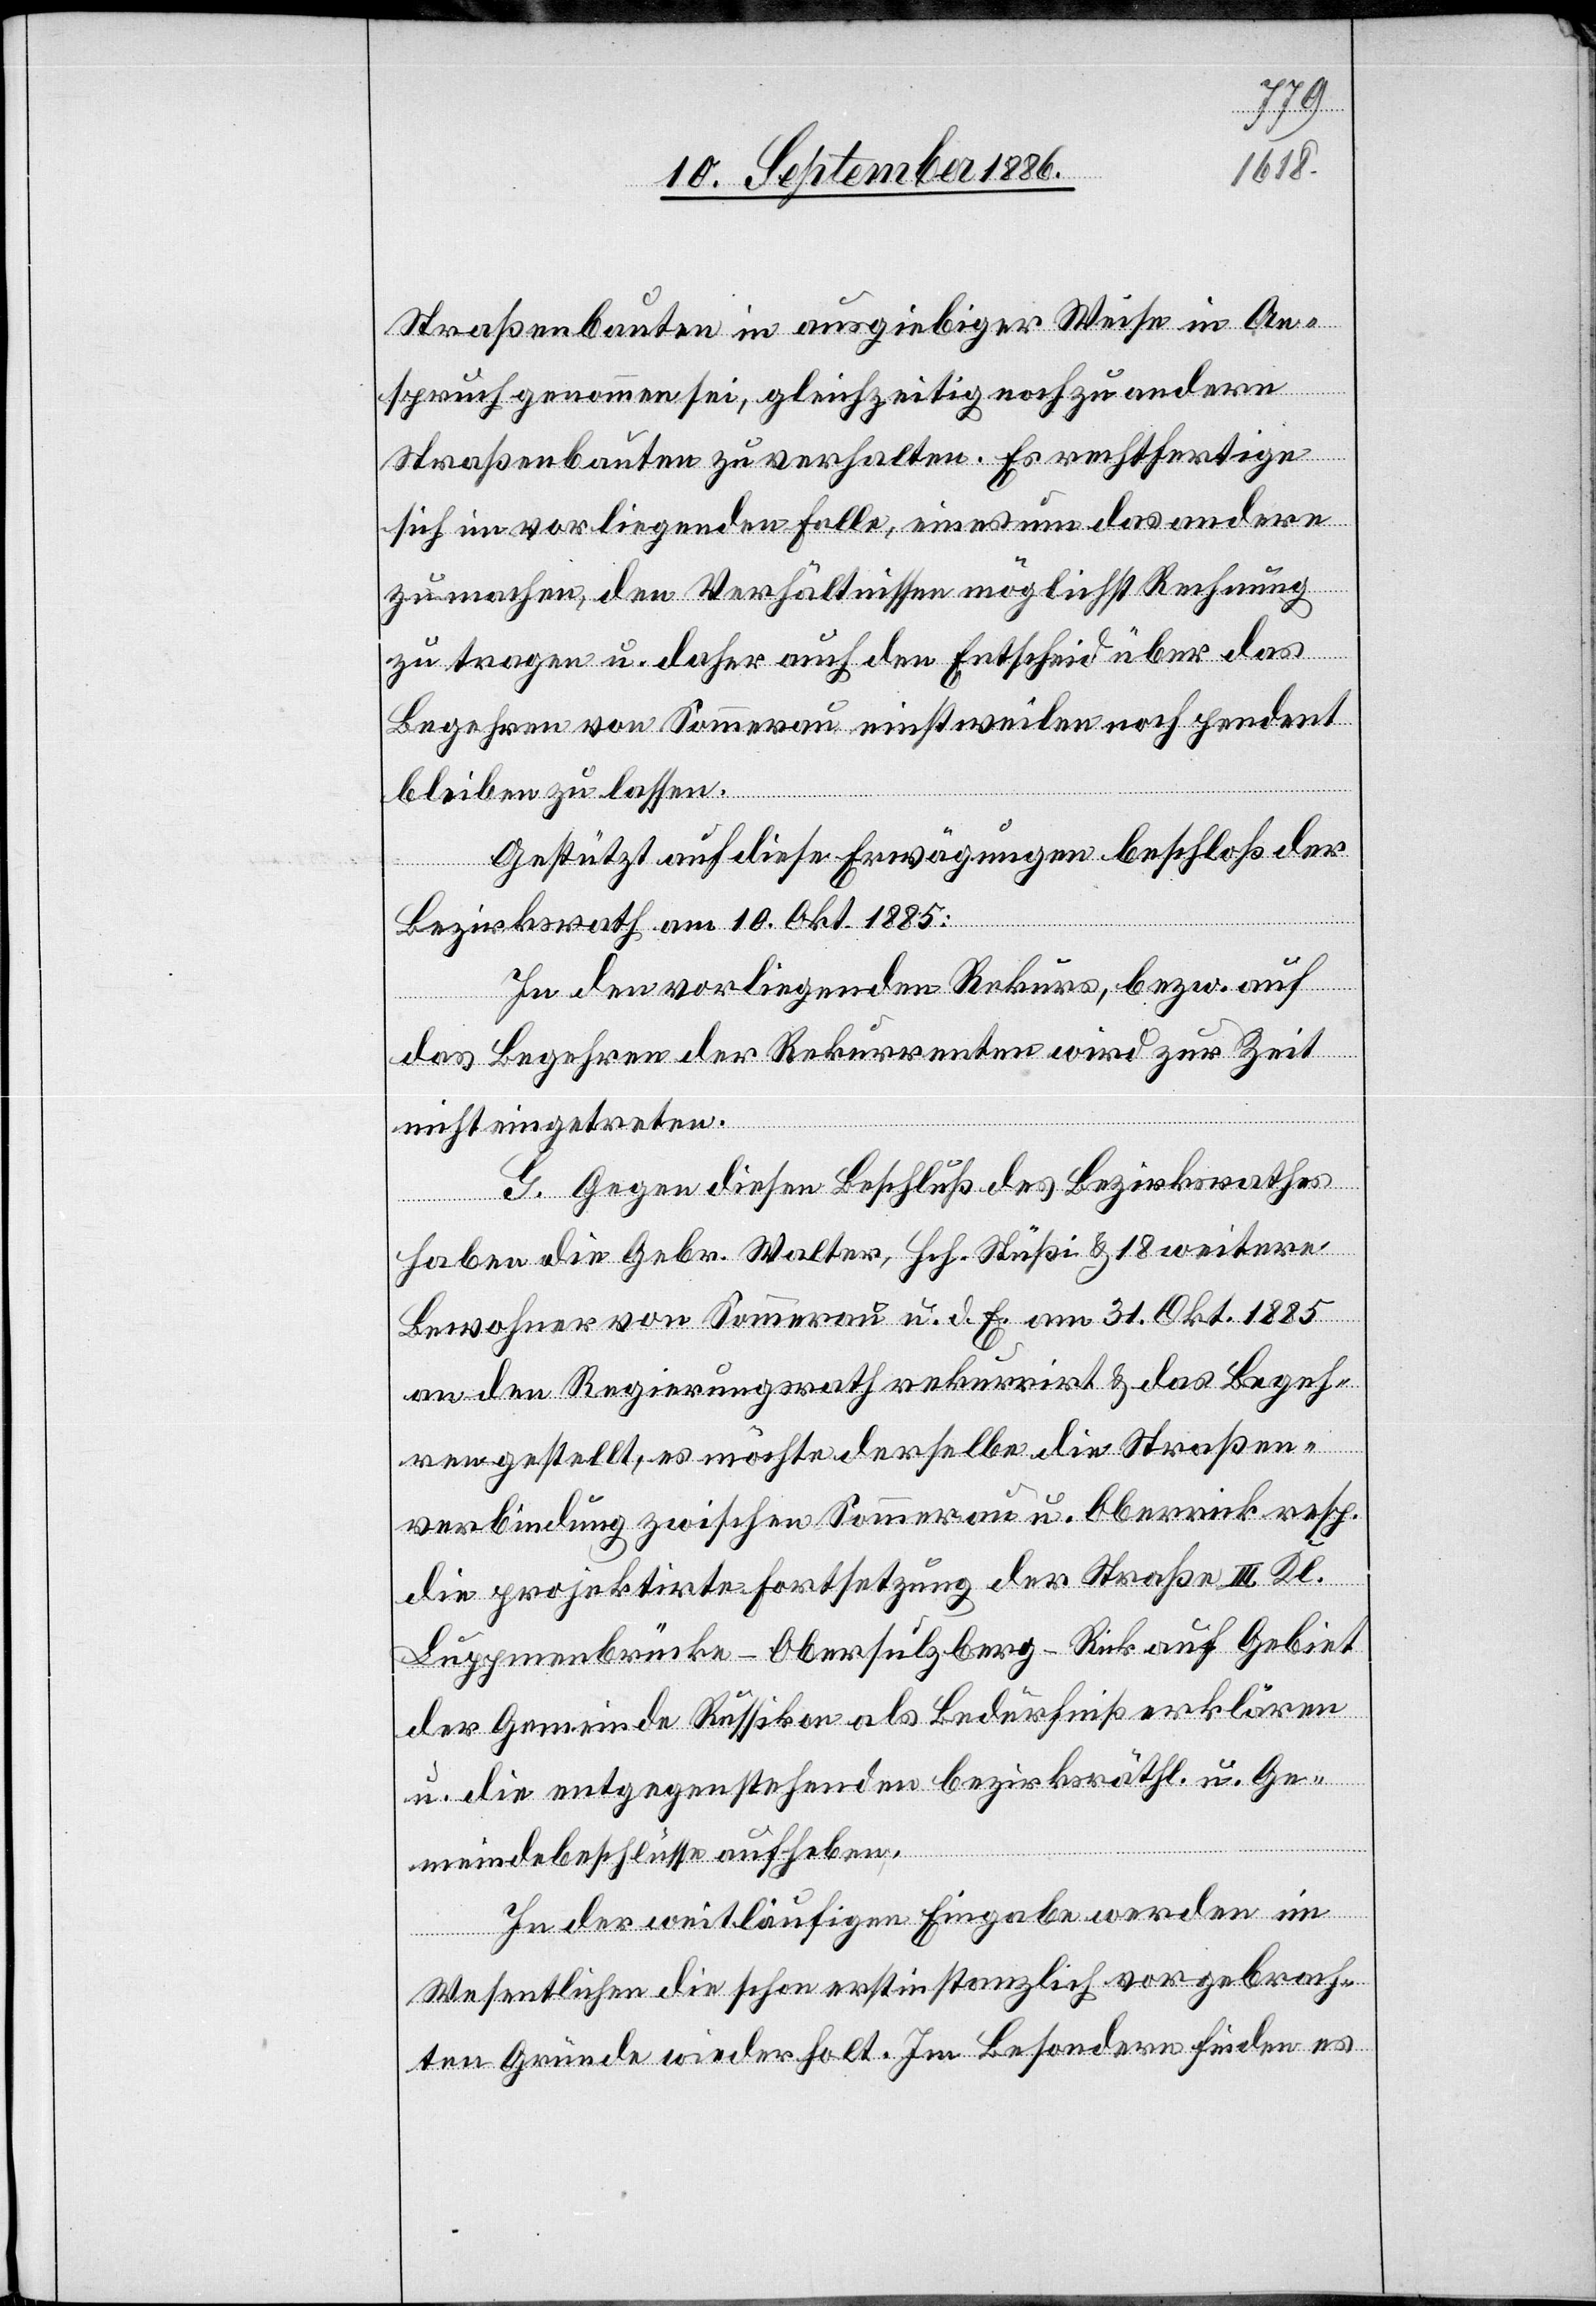
Straßenbauten in ausgiebiger Weise in An¬
spruch genommen sei, gleichzeitig noch zu andern
Straßenbauten zu verhalten. Es rechtfertige
sich im vorliegenden Falle, eines um das andere
zu machen, den Verhältnissen möglichst Rechnung
zu tragen u. daher auch den Entscheid über das
Begehren von Sommerau einstweilen noch pendent
bleiben zu lassen.
Gestützt auf diese Erwägungen beschloß der
Bezirksrath am 10. Okt. 1885:
In den vorliegenden Rekurs, bezw. auf
das Begehren der Rekurrenten wird zur Zeit
nicht eingetreten.
G. Gegen diesen Beschluß des Bezirksrathes
haben die Gebr. Walter, Hch. Stüßi & 18 weitere
Bewohner von Sommerau u. d. E. am 31. Okt. 1885
an den Regierungsrath rekurrirt & das Begeh¬
ren gestellt, es möchte derselbe die Straßen¬
verbindung zwischen Sommerau u. Oberrick resp.
die projektirte Fortsetzung der Straße III. Kl.
Luppmenbrücke–Obersulzberg–Rick auf Gebiet
der Gemeinde Russikon als Bedürfniß erklären
u. die entgegenstehenden bezirksräthl. u. Ge¬
meindebeschlüsse aufheben.
In der weitläufigen Eingabe werden im
Wesentlichen die schon erstinstanzlich vorgebrach¬
ten Gründe wiederholt. Im Besondern finden es